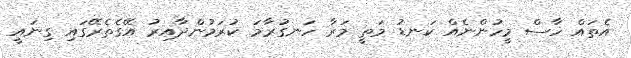
އެތައް ހާސް މީހުންނެއް ކަނޑު މަތީ މަރާ ހަނގުރާމަ ކުރަމުންދާއިރު އޭގެތެރޭގައި ގިނައީ